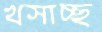
খসাচ্ছ